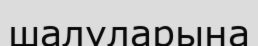
шалуларына